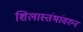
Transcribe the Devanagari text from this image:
शिलास्तंभांवरुन